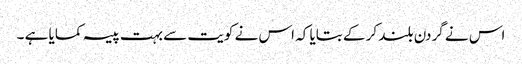
اس نے گردن بلند کر کے بتایا کہ اس نے کویت سے بہت پیسہ کمایا ہے ۔